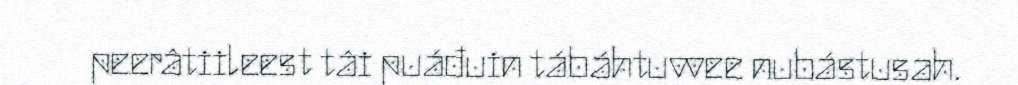
peerâtiileest tâi puáđuin tábáhtuvvee nubástusah.